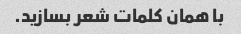
با همان کلمات شعر بسازید.